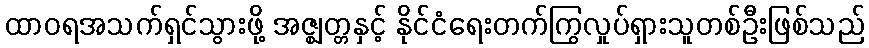
ထာဝရအသက်ရှင်သွားဖို့ အဇ္ဈတ္တနှင့် နိုင်ငံရေးတက်ကြွလှုပ်ရှားသူတစ်ဦးဖြစ်သည်